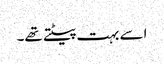
اسے بہت پیٹتے تھے۔